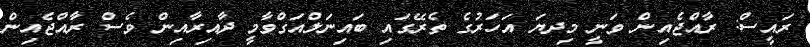
ރައީސް: ރާއްޖެއިން ވަނީ މިދޔަ އަހަރުގެ ތެރޭގައި ބައިނަލްއަގްވާމީ ދާއިރާއިން ވެސް ރާއްޖެއިން